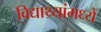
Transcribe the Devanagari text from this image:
विद्याथ्र्यांमध्ये